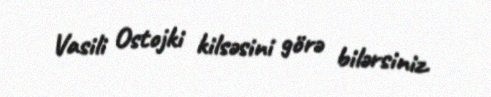
Vasili Ostojki kilsəsini görə bilərsiniz.